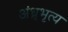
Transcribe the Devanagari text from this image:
अंध्र्भृत्य